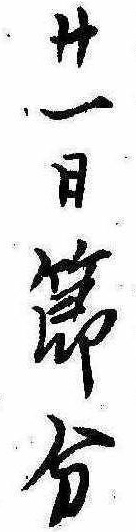
廿一日節分